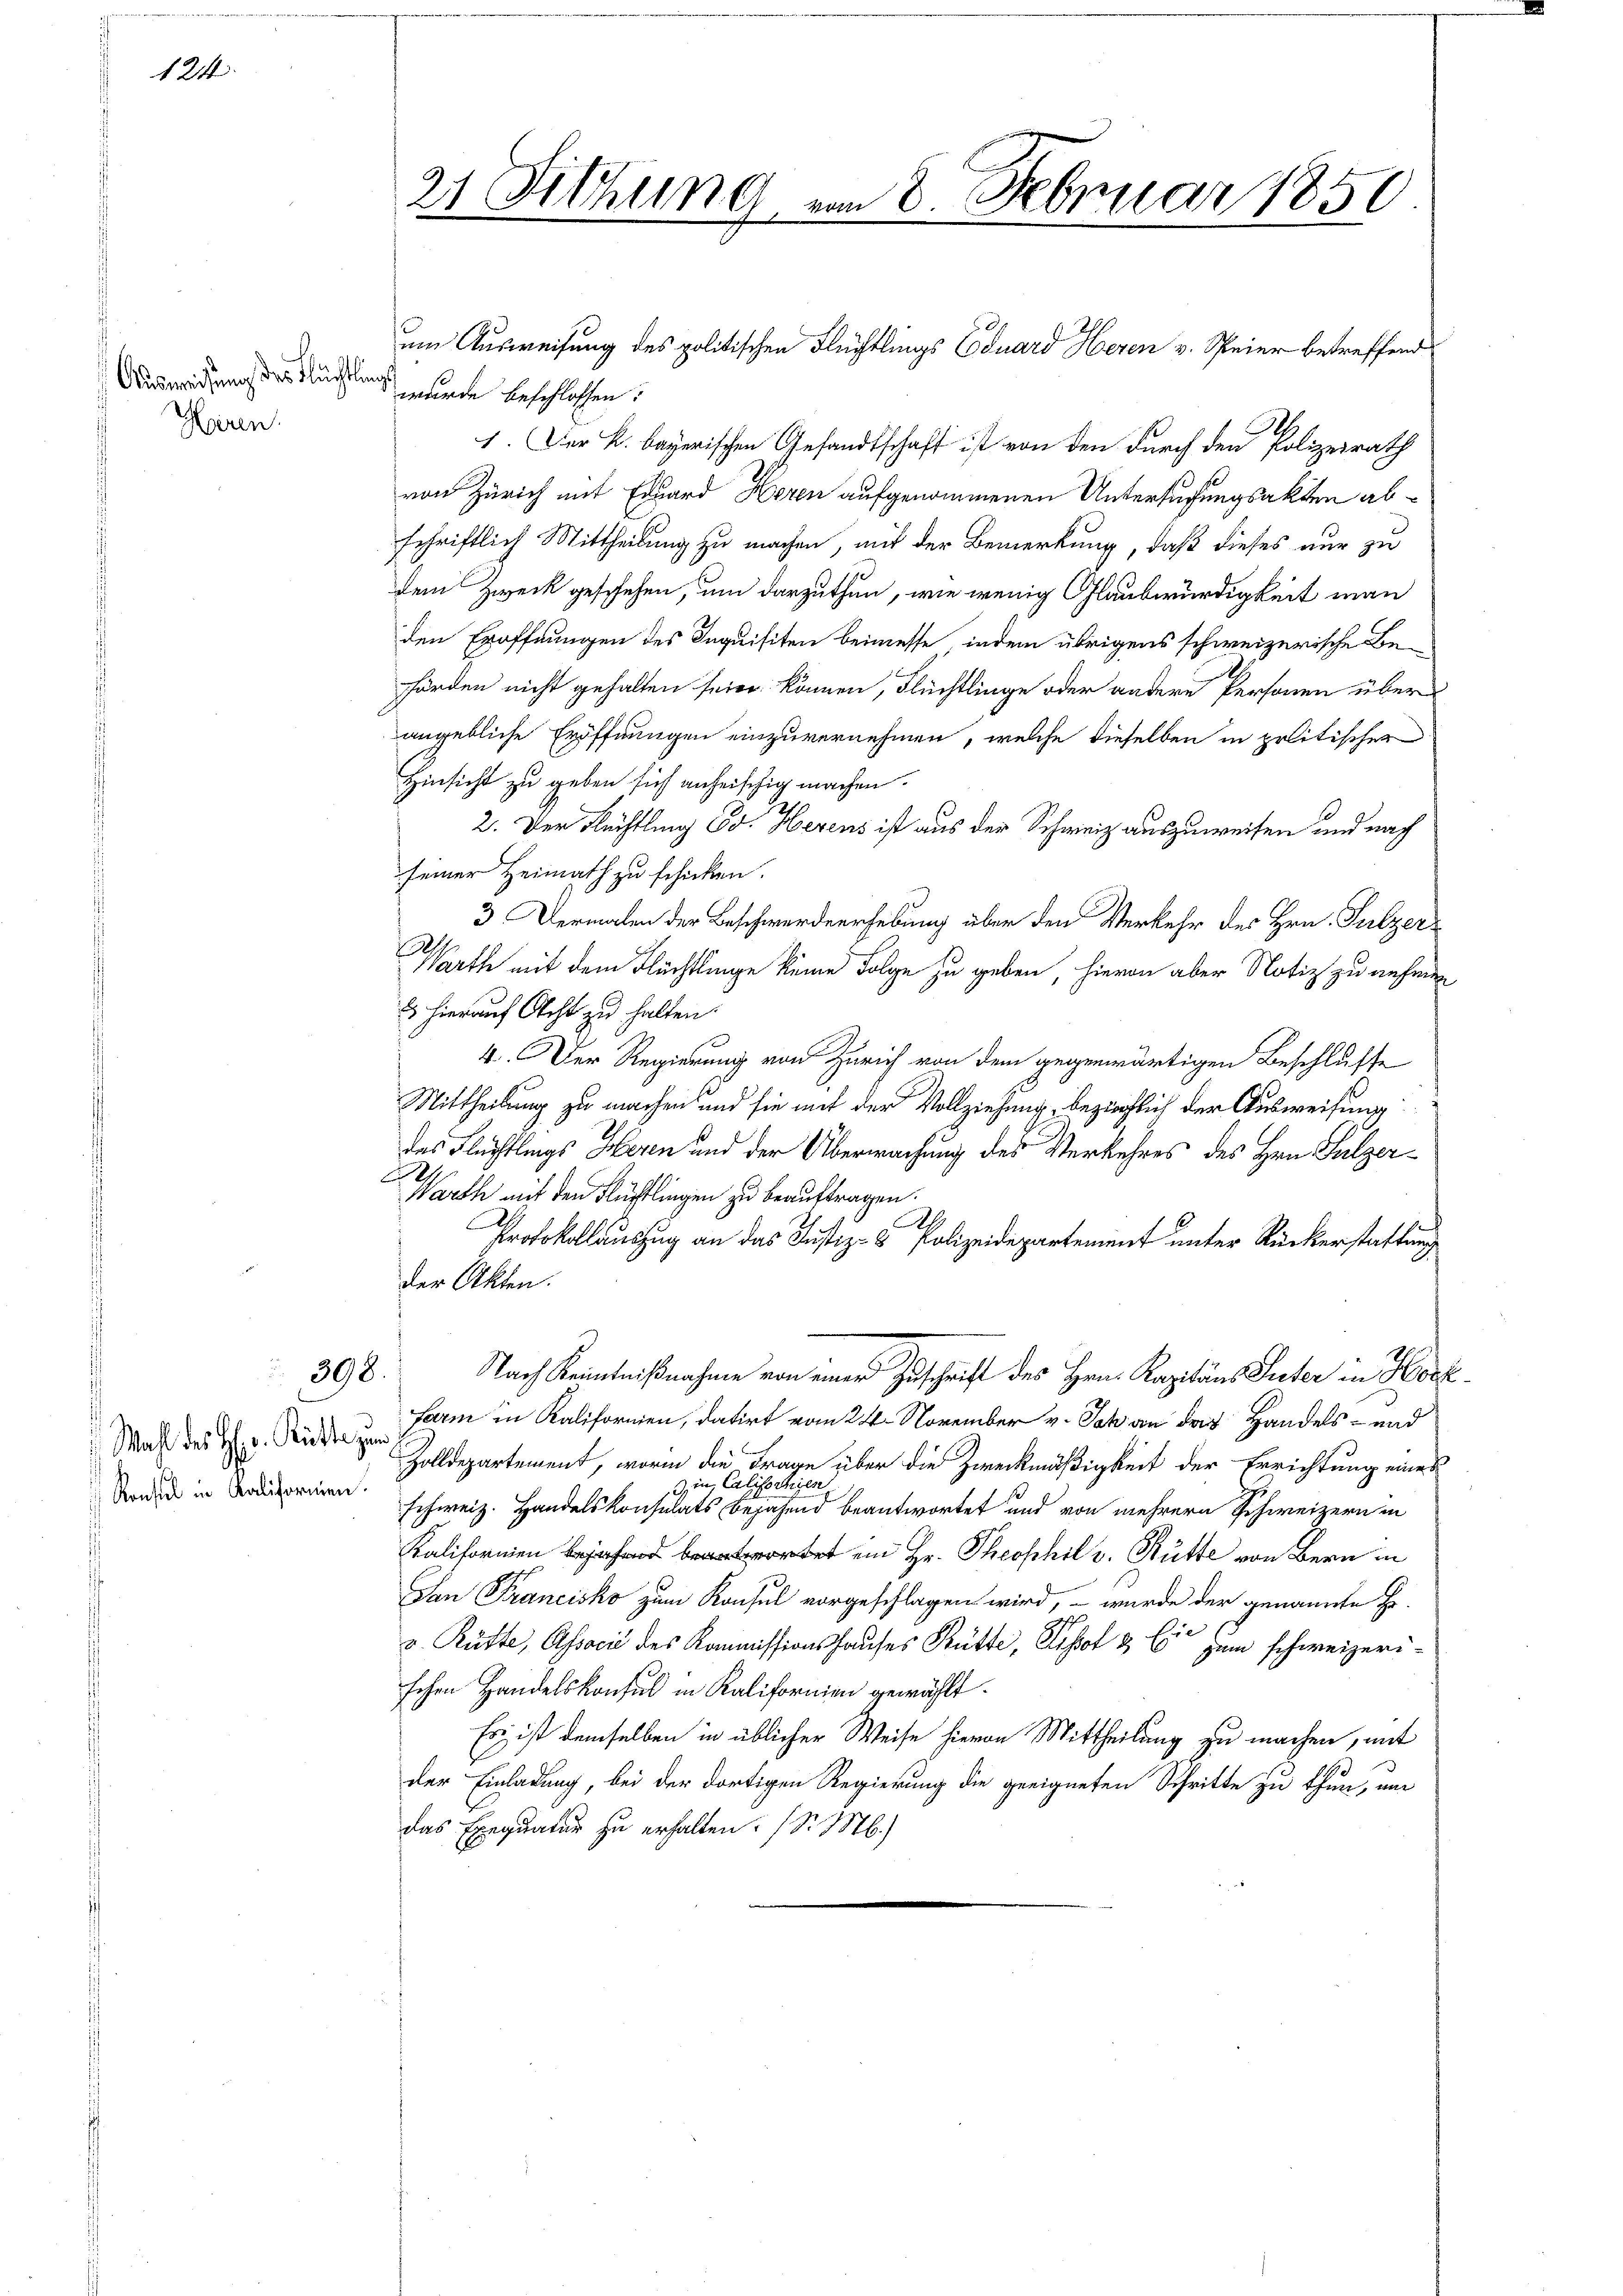
Ausweisung des Flüchtlung
Heren.

124

Wahl des Hr. Rückte zum
Konsul in Kaliformen.

398.

21 Fitzung vom 8. Februar 1850

um Ausweisung des politischen Flüchtlings Eduard Heren v. Speier betreffend
wurde beschlossen:
1. Der k. bayerischen Gesandtschaft ist von den durch den Polizeirath
von Zürich mit Eduard Heren aufgenommenen Untersuchungsakten abschriftlich Mittheilung zu machen, mit der Bemerkung, daß dieses nur zu
dem Zweck geschehen, um darzuthun, wie wenig Glaubwürdigkeit man
den Eröffnungen des Inquisiten beimesse, indem übrigens schweizerische Behörden nicht gehalten seien können, Flüchtlinge oder andere Personen über
angebliche Eröffnungen einzuvernehmen, welche dieselben in politischer
Hinsicht zu geben sich anheischig machen.
2. Der Rechtling Ed. Herens ist aus der Schweiz auszuweisen und nach
seiner Heimath zu schicken.
3. Dermalen der Beschwerdeerhebung über den Verkehr des Hrn. Sulzer¬
Warthe mit dem Flüchtlinge keine Folge zu geben, hievon aber Notiz zu anheren
 hierauf Acht zu halten.
4. Der Regierung von Zürich von dem gegenwärtigen Beschlusse
Mittheilung zu machen und sie mit der Vollziehung beziechlich der Ausweisung
das Flüchtlings Heren und der Überwachung des Verkehres des Hrn. Sulzer¬
Warth mit den Flüchtlingen zu beauftragen.
A
Protokollauszug an das Justiz- & Polizeidepartement unter Rückerstattung
der Akten.
Nach Kenntnißnahme von einer Zuschrift des Hrn. Kapitäns Suter in Hochfarm in Kalifornien, datirt vom 24. November v. Johan das Handels- und
Zolldepartement, worin die Frage über die Zweckmäßigkeit der Errichtung eines
z in Calischeinla
schweiz. Handelskonsulats bejahend beantwortet und von mehrere Schweizern in
Kaliformenorte Hr. Theophil v. Hütte von Bern in
San Francisko zum Konsul vorgeschlagen wird, – wurde der genannte Er-
v. Rütte, Associé des Kommissionshauses Hütte, Erhof & Cie zum schweizerischen Handelskonsul in Kalifornien gewählt.
Es ist demselben in üblicher Weise hievon Mittheilung zu machen, mit
der Einladung, bei der dortigen Regierung die geeigneten Schritte zu thun, um
das Exequatur zu erhalten. (S. M.)